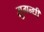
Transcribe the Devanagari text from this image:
सुगन्धी